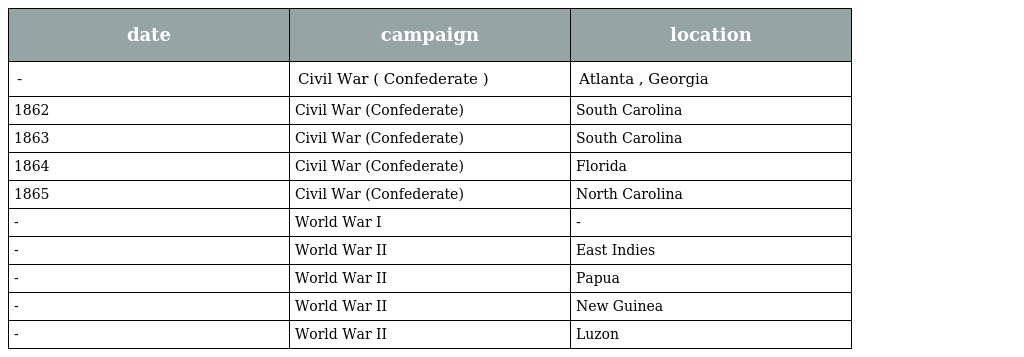
| date | campaign | location |
 | --- | --- | --- |
 | - | Civil War ( Confederate ) | Atlanta , Georgia |
 | 1862 | Civil War (Confederate) | South Carolina |
 | 1863 | Civil War (Confederate) | South Carolina |
 | 1864 | Civil War (Confederate) | Florida |
 | 1865 | Civil War (Confederate) | North Carolina |
 | - | World War I | - |
 | - | World War II | East Indies |
 | - | World War II | Papua |
 | - | World War II | New Guinea |
 | - | World War II | Luzon |